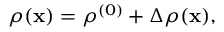
\rho ( { \bf x } ) = \rho ^ { ( 0 ) } + \Delta \rho ( { \bf x } ) ,